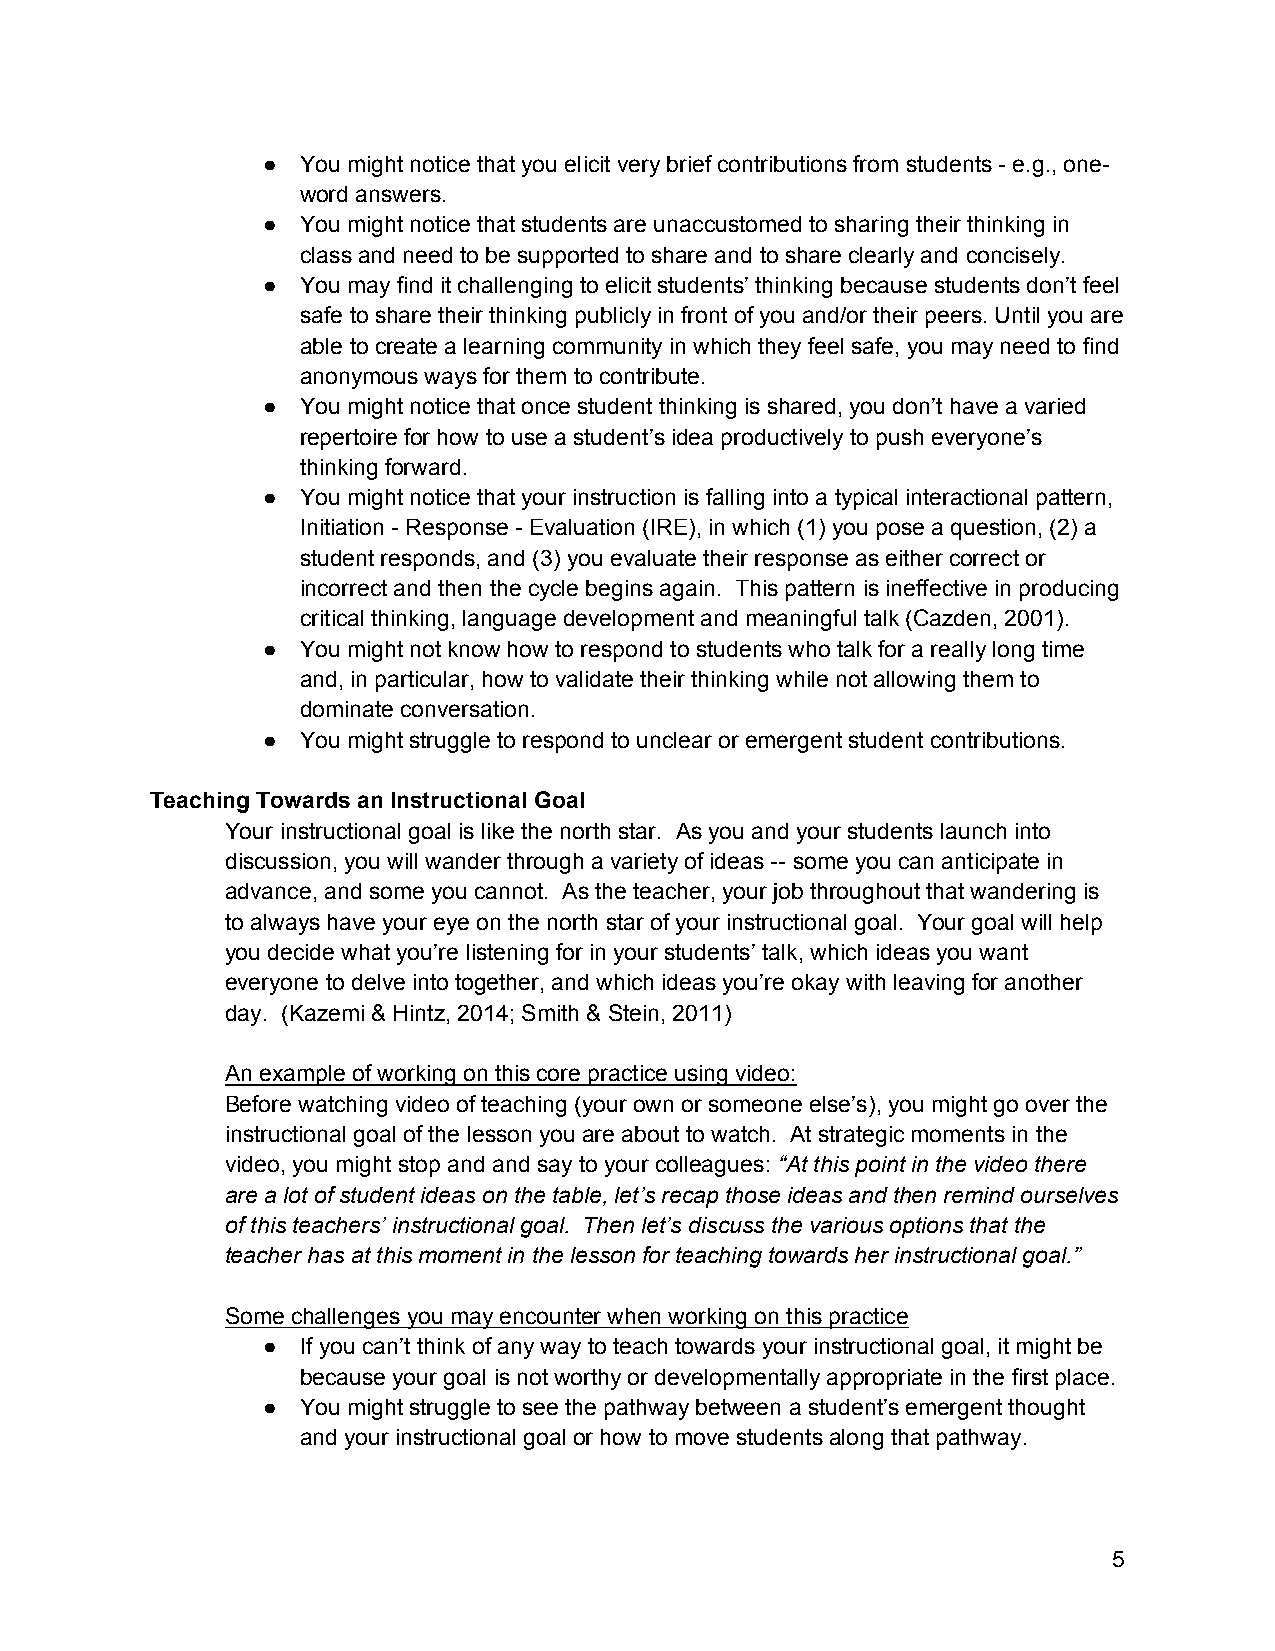
●  You might notice that you elicit very brief contributions from students ­ e.g., one­
 word answers.
 ●  You might notice that students are unaccustomed to sharing their thinking in
 class and need to be supported to share and to share clearly and concisely.
 ●  You may find it challenging to elicit students’ thinking because students don’t feel
 safe to share their thinking publicly in front of you and/or their peers. Until you are
 able to create a learning community in which they feel safe, you may need to find
 anonymous ways for them to contribute.
 ●  You might notice that once student thinking is shared, you don’t have a varied
 repertoire for how to use a student’s idea productively to push everyone’s
 thinking forward.
 ●  You might notice that your instruction is falling into a typical interactional pattern,
 Initiation ­ Response ­ Evaluation (IRE), in which (1) you pose a question, (2) a
 student responds, and (3) you evaluate their response as either correct or
 incorrect and then the cycle begins again. This pattern is ineffective in producing
 critical thinking, language development and meaningful talk (Cazden, 2001).
 ●  You might not know how to respond to students who talk for a really long time
 and, in particular, how to validate their thinking while not allowing them to
 dominate conversation.
 ●  You might struggle to respond to unclear or emergent student contributions.
 Teaching Towards an Instructional Goal
 Your instructional goal is like the north star. As you and your students launch into
 discussion, you will wander through a variety of ideas ­­ some you can anticipate in
 advance, and some you cannot. As the teacher, your job throughout that wandering is
 to always have your eye on the north star of your instructional goal. Your goal will help
 you decide what you’re listening for in your students’ talk, which ideas you want
 everyone to delve into together, and which ideas you’re okay with leaving for another
 day. (Kazemi & Hintz, 2014; Smith & Stein, 2011)
 An example of working on this core practice using video:
 Before watching video of teaching (your own or someone else’s), you might go over the
 instructional goal of the lesson you are about to watch. At strategic moments in the
 video, you might stop and and say to your colleagues: “At this point in the video there
 are a lot of student ideas on the table, let’s recap those ideas and then remind ourselves
 of this teachers’ instructional goal. Then let’s discuss the various options that the
 teacher has at this moment in the lesson for teaching towards her instructional goal.”
 Some challenges you may encounter when working on this practice
 ●  If you can’t think of any way to teach towards your instructional goal, it might be
 because your goal is not worthy or developmentally appropriate in the first place.
 ●  You might struggle to see the pathway between a student’s emergent thought
 and your instructional goal or how to move students along that pathway.
 5